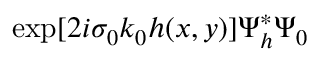
\exp [ 2 i \sigma _ { 0 } k _ { 0 } h ( x , y ) ] \Psi _ { h } ^ { * } \Psi _ { 0 }